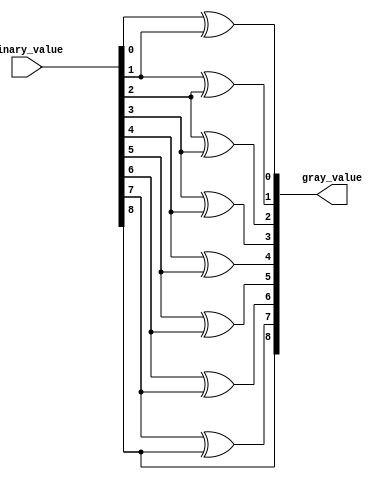
`timescale 1ns / 1ps
////////////////////////////////////////////////////////////////////////////////
//
// Company: 
// Engineer: 
// 
// Design Name: 	 xianjun zheng
// Module Name:    binary to grey module
// Project Name: 
// Target Devices: 
// Tool versions: 
// Description: 
// 
// Dependencies: 
// 
// Revision: 
// Revision 0.01 - File Created
// Additional Comments: 
////////////////////////////////////////////////////////////////////////////////
//
module binary_to_gray #(parameter PTR=8)
	(input [PTR:0] binary_value,
	output [PTR:0] gray_value);

generate
	genvar i;
	for(i=0;i<(PTR);i=i+1)
	begin
		assign gray_value[i]=binary_value[i]^binary_value[i+1];
	end
endgenerate 

assign gray_value[PTR]=binary_value[PTR];

endmodule